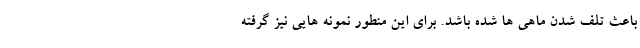
باعث تلف شدن ماهی ها شده باشد. برای این منطور نمونه هایی نیز گرفته